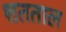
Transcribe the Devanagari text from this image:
शतताल